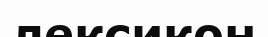
лексикон